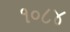
૧૦૮૪